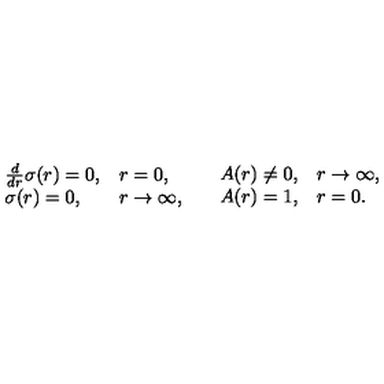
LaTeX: \begin{array} { l l } { \begin{array} { l l } { \frac { d } { d r } \sigma ( r ) = 0 , } & { r = 0 , } \\ { \sigma ( r ) = 0 , } & { r \rightarrow \infty , } \\ \end{array} } & { \begin{array} { l l } { A ( r ) \neq 0 , } & { r \rightarrow \infty , } \\ { A ( r ) = 1 , } & { r = 0 . } \\ \end{array} } \\ \end{array}